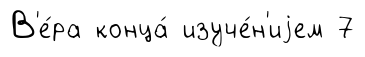
В'е́ра конца́ изуче́н'иjем 7